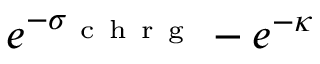
e ^ { - \sigma _ { \mathrm { ~ c ~ h ~ r ~ g ~ } } } - e ^ { - \kappa }